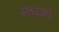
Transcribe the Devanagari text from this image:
स्तवकों